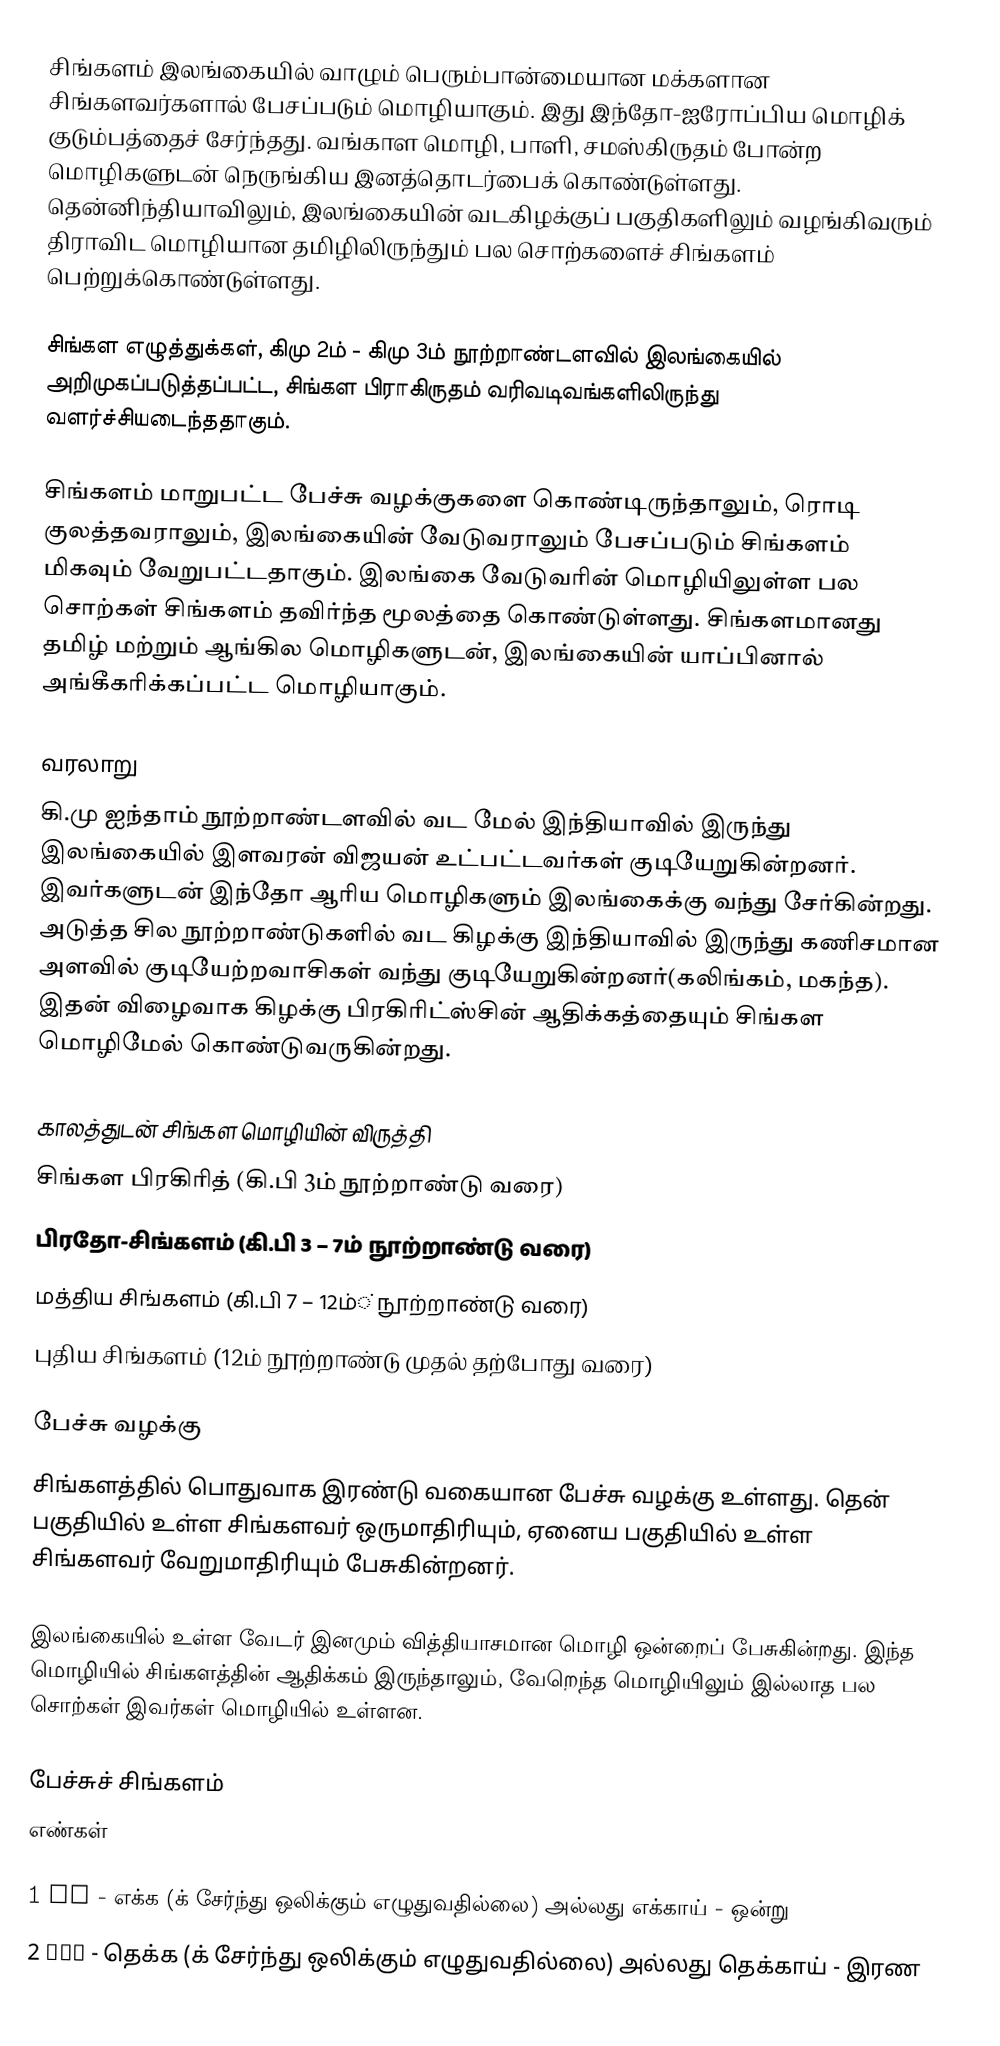
சிங்களம் இலங்கையில் வாழும் பெரும்பான்மையான மக்களான சிங்களவர்களால் பேசப்படும் மொழியாகும். இது இந்தோ-ஐரோப்பிய மொழிக் குடும்பத்தைச் சேர்ந்தது. வங்காள மொழி, பாளி, சமஸ்கிருதம் போன்ற மொழிகளுடன் நெருங்கிய இனத்தொடர்பைக் கொண்டுள்ளது. தென்னிந்தியாவிலும், இலங்கையின் வடகிழக்குப் பகுதிகளிலும் வழங்கிவரும் திராவிட மொழியான தமிழிலிருந்தும் பல சொற்களைச் சிங்களம் பெற்றுக்கொண்டுள்ளது.

சிங்கள எழுத்துக்கள், கிமு 2ம் - கிமு 3ம் நூற்றாண்டளவில் இலங்கையில் அறிமுகப்படுத்தப்பட்ட, சிங்கள பிராகிருதம் வரிவடிவங்களிலிருந்து வளர்ச்சியடைந்ததாகும்.

சிங்களம் மாறுபட்ட பேச்சு வழக்குகளை கொண்டிருந்தாலும், ரொடி குலத்தவராலும், இலங்கையின் வேடுவராலும் பேசப்படும் சிங்களம் மிகவும் வேறுபட்டதாகும். இலங்கை வேடுவரின் மொழியிலுள்ள பல சொற்கள் சிங்களம் தவிர்ந்த மூலத்தை கொண்டுள்ளது. சிங்களமானது தமிழ் மற்றும் ஆங்கில மொழிகளுடன், இலங்கையின் யாப்பினால் அங்கீகரிக்கப்பட்ட மொழியாகும்.

வரலாறு
கி.மு ஐந்தாம் நூற்றாண்டளவில் வட மேல் இந்தியாவில் இருந்து இலங்கையில் இளவரன் விஜயன் உட்பட்டவர்கள் குடியேறுகின்றனர். இவர்களுடன் இந்தோ ஆரிய மொழிகளும் இலங்கைக்கு வந்து சேர்கின்றது. அடுத்த சில நூற்றாண்டுகளில் வட கிழக்கு இந்தியாவில் இருந்து கணிசமான அளவில் குடியேற்றவாசிகள் வந்து குடியேறுகின்றனர்(கலிங்கம், மகந்த). இதன் விழைவாக கிழக்கு பிரகிரிட்ஸ்சின் ஆதிக்கத்தையும் சிங்கள மொழிமேல் கொண்டுவருகின்றது.

காலத்துடன் சிங்கள மொழியின் விருத்தி
 சிங்கள பிரகிரித் (கி.பி 3ம் நூற்றாண்டு வரை)
 பிரதோ-சிங்களம் (கி.பி 3 – 7ம் நூற்றாண்டு வரை)
 மத்திய சிங்களம் (கி.பி 7 – 12ம்் நூற்றாண்டு வரை)
 புதிய சிங்களம் (12ம் நூற்றாண்டு முதல் தற்போது வரை)

பேச்சு வழக்கு
சிங்களத்தில் பொதுவாக இரண்டு வகையான பேச்சு வழக்கு உள்ளது. தென் பகுதியில் உள்ள சிங்களவர் ஒருமாதிரியும், ஏனைய பகுதியில் உள்ள சிங்களவர் வேறுமாதிரியும் பேசுகின்றனர்.

இலங்கையில் உள்ள வேடர் இனமும் வித்தியாசமான மொழி ஒன்றைப் பேசுகின்றது. இந்த மொழியில் சிங்களத்தின் ஆதிக்கம் இருந்தாலும், வேறெந்த மொழியிலும் இல்லாத பல சொற்கள் இவர்கள் மொழியில் உள்ளன.

பேச்சுச் சிங்களம்
 எண்கள்

1 එක - எக்க (க் சேர்ந்து ஒலிக்கும் எழுதுவதில்லை) அல்லது எக்காய் - ஒன்று
2 දෙක - தெக்க (க் சேர்ந்து ஒலிக்கும் எழுதுவதில்லை) அல்லது தெக்காய் - இரண